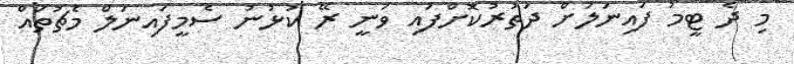
މި ދެ ޓީމު ފައިނަލަށް ދަތުރުކޮށްފައި ވަނީ ރޭ ކުޅުނު ސެމީފައިނަލް މެޗުތައް